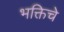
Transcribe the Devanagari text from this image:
भक्तिचे